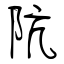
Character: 阬